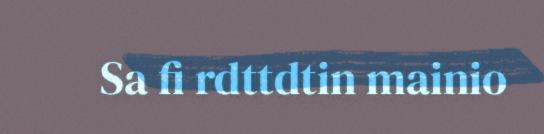
Sa fi rdttdtin mainio